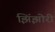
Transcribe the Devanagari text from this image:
झिंझोरी